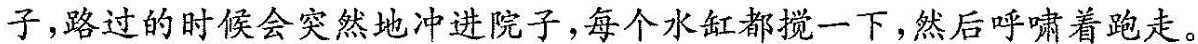
子，路过的时候会突然地冲进院子，每个水缸都搅一下，然后呼啸着跑走。